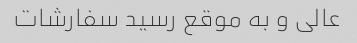
عالی و به موقع رسید سفارشات